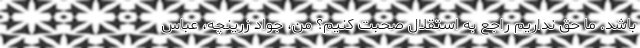
باشد. ما حق نداریم راجع به استقلال صحبت کنیم؟ من، جواد زرینچه، عباس